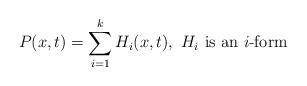
LaTeX: \begin{align*}P(x,t)=\sum_{i=1}^{k}H_i(x,t),~H_i \mbox{ is an } i\mbox{-form }\end{align*}